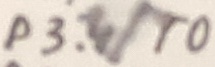
Text: P3.4/T0